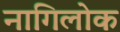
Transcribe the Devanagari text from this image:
नागिलोक